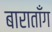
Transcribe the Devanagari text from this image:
बाराताँग